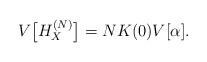
LaTeX: \begin{align*}V\bigl[H_X^{(N)}\bigr]=N K(0)V[\alpha]. \end{align*}